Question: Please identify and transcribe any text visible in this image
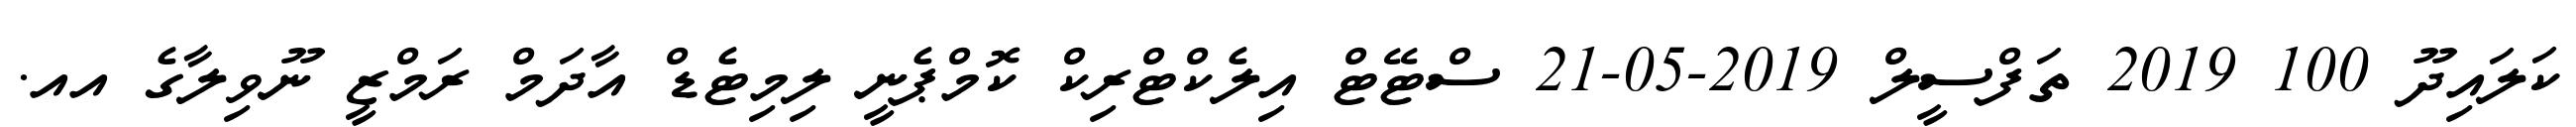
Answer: ކަލައިދޫ 100 2019 ތަފްސީލް 2019-05-21 ސްޓޭޓް އިލެކްޓްރިކް ކޮމްޕެނީ ލިމިޓެޑް އާދަމް ރަމްޒީ ނޫވިލާގެ އއ.